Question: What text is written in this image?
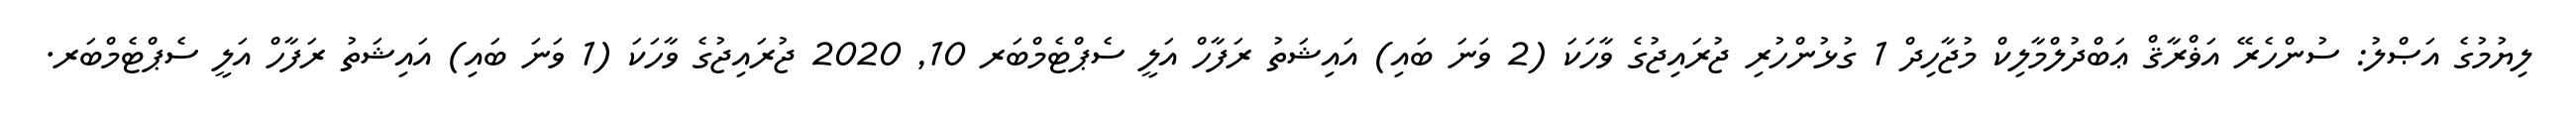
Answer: ލިޔުމުގެ އަޞްލު: ސުންހެރޭ އަޥްރާޤް ޢަބްދުލްމާލިކް މުޖާހިދް 1 ގުޅުންހުރި ޖުރައިޖުގެ ވާހަކަ (2 ވަނަ ބައި) އައިޝަތު ރަފާހް އަލީ ސެޕްޓެމްބަރ 10, 2020 ޖުރައިޖުގެ ވާހަކަ (1 ވަނަ ބައި) އައިޝަތު ރަފާހް އަލީ ސެޕްޓެމްބަރ.